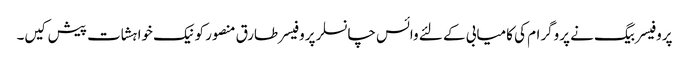
پروفیسر بیگ نے پروگرام کی کامیابی کے لئے وائس چانسلر پروفیسر طارق منصور کو نیک خواہشات پیش کیں۔